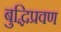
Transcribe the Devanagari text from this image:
बुद्धिप्रवण